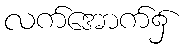
လက်အောက်၌